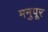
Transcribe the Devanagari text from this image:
मनुपूर